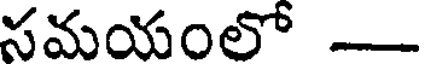
సమయంలో -